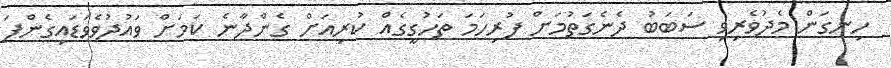
ހިނގަން މެދުވެރިވި ސަބަބު ދެނެގަތުމަށް ފުރިހަމަ ތަހުގީގެއް ކުރިއަށް ގެންދާނެ ކަމަށް ވައުދުވެވަޑައިގެންފަ